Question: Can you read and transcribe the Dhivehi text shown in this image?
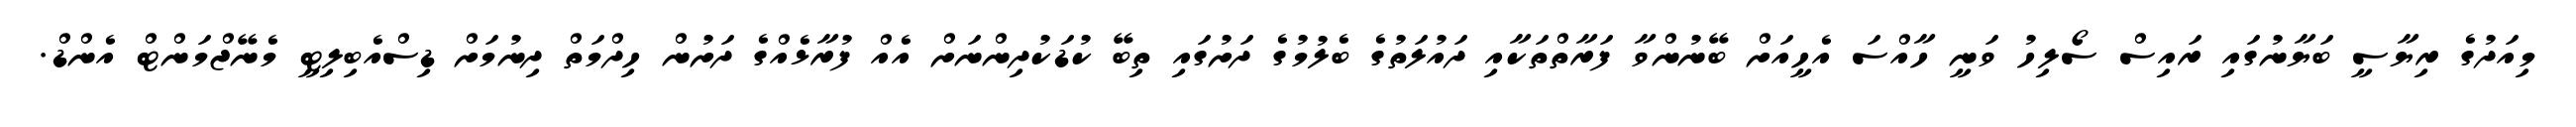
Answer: މިއަދުގެ ރިޔާސީ ބަޔާނުގައި ރައިސް ސޯލިހު ވަނީ ހާއްސަ އެހީއަށް ބޭނުންވާ ފަރާތްތަކާއި ދައުލަތުގެ ބެލުމުގެ ދަށުގައި ތިބޭ ކުޑަކުދިންނަށް އެއް ފުރާޅެއްގެ ދަށުން ހިދްމަތް ދިނުމަށް ޑިސްއެބިލިޓީ މެނޭޖްމަންޓް އެންޑް.